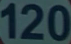
120